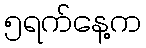
၅ရက်နေ့က